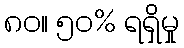
၈၀။ ၅၀% ရရှိမှု